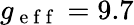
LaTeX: g_{\mathrm{~e~f~f~}}=9.7